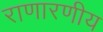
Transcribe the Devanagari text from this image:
राणारणीय